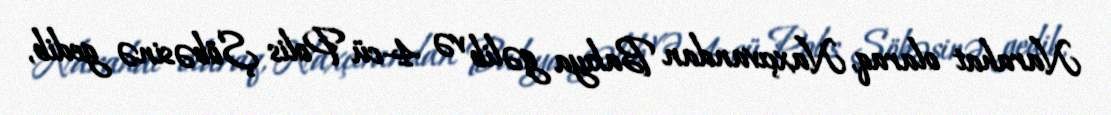
Narahat olaraq, Naxçıvandan Bakıya gəlib və 4-cü Polis Şöbəsinə gedib,